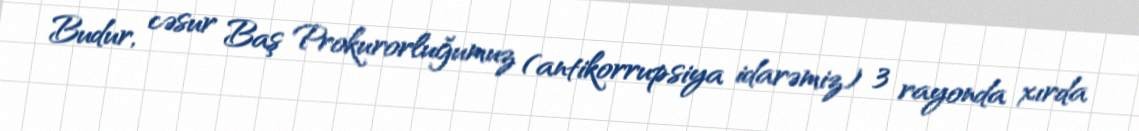
Budur, cəsur Baş Prokurorluğumuz (antikorrupsiya idarəmiz) 3 rayonda xırda